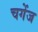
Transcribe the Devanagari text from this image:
चगेंज